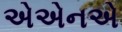
એએનએ